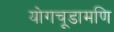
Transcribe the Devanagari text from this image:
योगचूडामणि